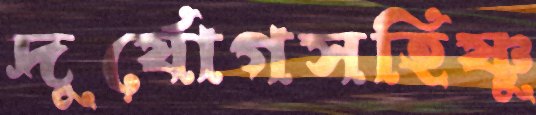
দুর্যোগসহিষ্ণু